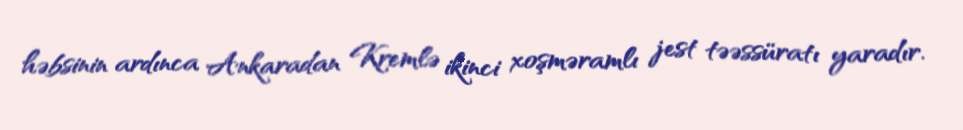
həbsinin ardınca Ankaradan Kremlə ikinci xoşməramlı jest təəssüratı yaradır.